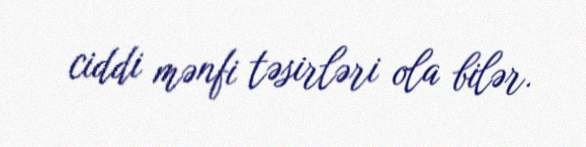
ciddi mənfi təsirləri ola bilər.